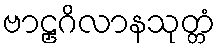
ဗာဠှဂိလာနသုတ္တံ